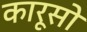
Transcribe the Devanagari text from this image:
कारूसो